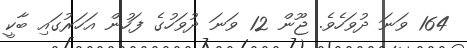
164 ވަނަ ދުވަހެވެ. ޖޫން 12 ވަނަ ދުވަހުގެ ފަހުން އަހަރުގައި ބާކީ